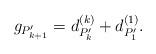
LaTeX: \begin{align*}g_{P'_{k+1}}=d^{(k)}_{P'_{k}}+d^{(1)}_{P'_{1}}.\end{align*}